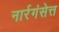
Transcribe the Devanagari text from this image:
नार्रगंसेत्त